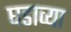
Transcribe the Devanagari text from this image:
घडाव्या